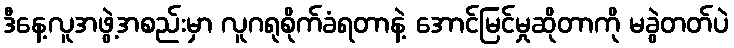
ဒီနေ့လူအဖွဲ့အစည်းမှာ လူဂရုစိုက်ခံရတာနဲ့ အောင်မြင်မှုဆိုတာကို မခွဲတတ်ပဲ